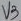
Text: V3